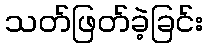
သတ်ဖြတ်ခဲ့ခြင်း